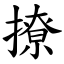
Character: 撩